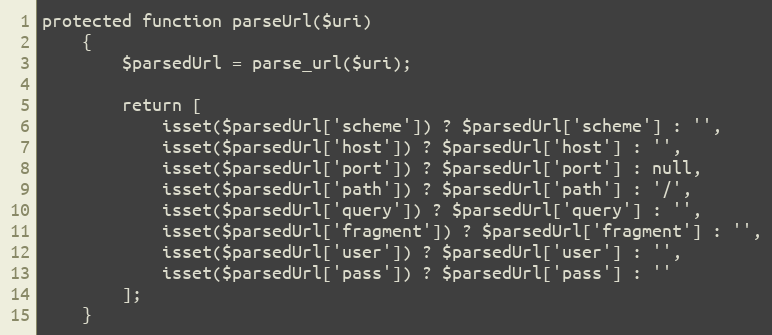
Language: PHP
protected function parseUrl($uri)
    {
        $parsedUrl = parse_url($uri);

        return [
            isset($parsedUrl['scheme']) ? $parsedUrl['scheme'] : '',
            isset($parsedUrl['host']) ? $parsedUrl['host'] : '',
            isset($parsedUrl['port']) ? $parsedUrl['port'] : null,
            isset($parsedUrl['path']) ? $parsedUrl['path'] : '/',
            isset($parsedUrl['query']) ? $parsedUrl['query'] : '',
            isset($parsedUrl['fragment']) ? $parsedUrl['fragment'] : '',
            isset($parsedUrl['user']) ? $parsedUrl['user'] : '',
            isset($parsedUrl['pass']) ? $parsedUrl['pass'] : ''
        ];
    }